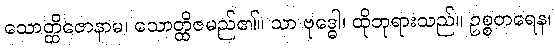
သောတ္ထိဇောနာမ၊ သောတ္ထိဇမည်၏။ သာ ဗုဒ္ဓေါ၊ ထိုဘုရားသည်။ ဥစ္စတရေန၊